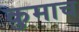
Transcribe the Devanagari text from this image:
कुमाच